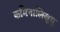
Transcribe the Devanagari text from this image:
कमिनालिजुयु